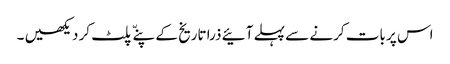
اس پر بات کرنے سے پہلے آئیے ذرا تاریخ کے پنےّ پلٹ کر دیکھیں ۔